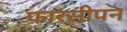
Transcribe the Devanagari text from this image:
फारसीपन